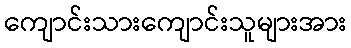
ကျောင်းသားကျောင်းသူများအား